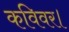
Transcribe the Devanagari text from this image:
कविवर।